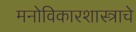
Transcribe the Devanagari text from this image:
मनोविकारशास्त्राचे